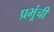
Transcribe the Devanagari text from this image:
प्रभूंची